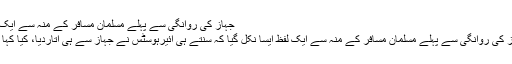
جہاز کی روانگی سے پہلے مسلمان مسافر کے منہ سے ایک لفظ
جہاز کی روانگی سے پہلے مسلمان مسافر کے منہ سے ایک لفظ ایسا نکل گیا کہ سنتے ہی ائیرہوسٹس نے جہاز سے ہی اتاردیا، کیا کہا تھا؟